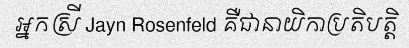
អ្នកស្រី Jayn Rosenfeld គឺជានាយិកាប្រតិបត្តិ